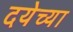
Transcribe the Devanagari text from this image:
दयेच्या